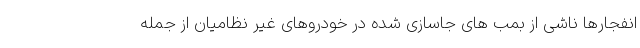
انفجارها ناشی از بمب های جاسازی شده در خودروهای غیر نظامیان از جمله